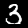
Label: 3